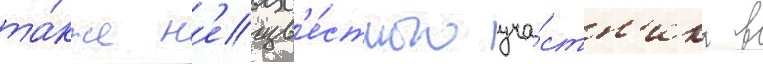
та́кже н'еизв'е́стного уча́стн'ика в